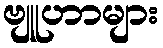
ဗျူဟာများ